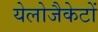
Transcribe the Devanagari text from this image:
येलोजैकेटों